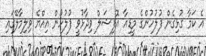
އެ ކަމާ ގުޅިގެން ފުލުހުންގެ މީޑިއާ އޮފިޝަލް ވިދާޅުވީ ފުލުހުން އިއްޔެ ވިލިމާލޭގައި